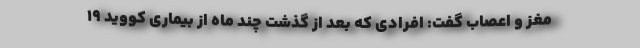
مغز و اعصاب گفت: افرادی که بعد از گذشت چند ماه از بیماری کووید ۱۹